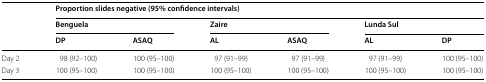
<table><thead><tr><td rowspan="3"></td><td colspan="6"><b>Proportion slides negative (95% confidence intervals)</b></td></tr><tr><td colspan="2"><b>Benguela</b></td><td colspan="2"><b>Zaire</b></td><td colspan="2"><b>Lunda Sul</b></td></tr><tr><td><b>DP</b></td><td><b>ASAQ</b></td><td><b>AL</b></td><td><b>ASAQ</b></td><td><b>AL</b></td><td><b>DP</b></td></tr></thead><tbody><tr><td>Day 2</td><td>98 (92–100)</td><td>100 (95–100)</td><td>97 (91–99)</td><td>97 (91–99)</td><td>97 (91–99)</td><td>100 (95–100)</td></tr><tr><td>Day 3</td><td>100 (95–100)</td><td>100 (95–100)</td><td>100 (95–100)</td><td>100 (95–100)</td><td>100 (95–100)</td><td>100 (95–100)</td></tr></tbody></table>